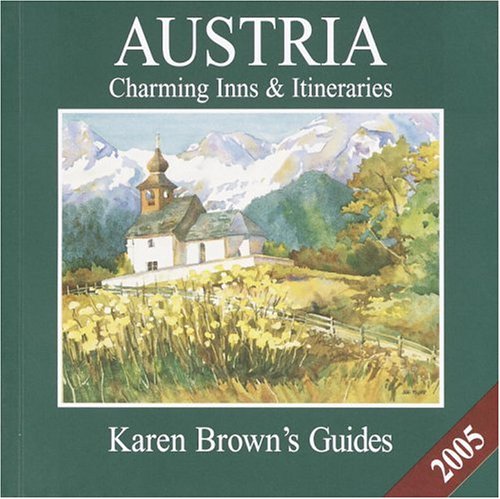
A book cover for Karen Brown's Austria Charming Inns & Itineraries: Charming Inns & Itineraries; Karen Brown; Travel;